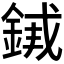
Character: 𬫣